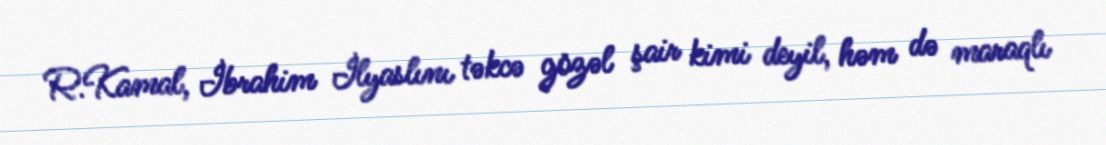
R.Kamal, İbrahim İlyaslını təkcə gözəl şair kimi deyil, həm də maraqlı